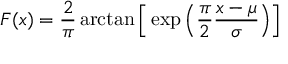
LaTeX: F ( x ) = { \frac { 2 } { \pi } } \arctan { \Big [ } \exp { \Big ( } { \frac { \pi } { 2 } } { \frac { x - \mu } { \sigma } } { \Big ) } { \Big ] }